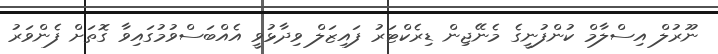
ނޫރުލް އިސްލާމް ކުންފުނީގެ މެނޭޖިން ޑިރެކްޓަރު ފައިޒަލް ވިދާޅުވީ އެއްބަސްވުމުގައިވާ ގޮތަށް ފެންވަރު